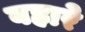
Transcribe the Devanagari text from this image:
बहारे